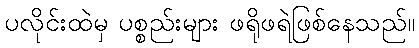
ပလိုင်းထဲမှ ပစ္စည်းများ ဖရိုဖရဲဖြစ်နေသည်။